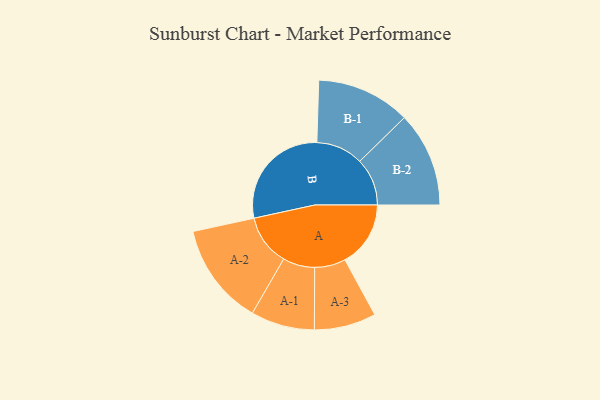
{"axis": {"x": "Segment", "y": "Value"}, "legend": ["", "A", "B"], "data": [{"x": "A", "y": 278, "type": ""}, {"x": "B", "y": 471, "type": ""}, {"x": "A-1", "y": 135, "type": "A"}, {"x": "A-2", "y": 216, "type": "A"}, {"x": "A-3", "y": 131, "type": "A"}, {"x": "B-1", "y": 199, "type": "B"}, {"x": "B-2", "y": 201, "type": "B"}]}